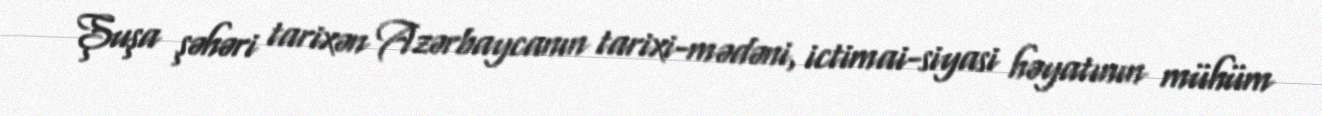
Şuşa şəhəri tarixən Azərbaycanın tarixi-mədəni, ictimai-siyasi həyatının mühüm